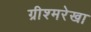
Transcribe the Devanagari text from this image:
ग्रीश्मरेखा